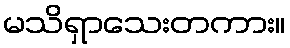
မသိရှာသေးတကား။